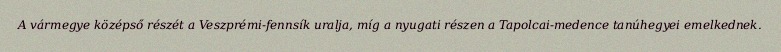
A vármegye középső részét a Veszprémi-fennsík uralja, míg a nyugati részen a Tapolcai-medence tanúhegyei emelkednek.